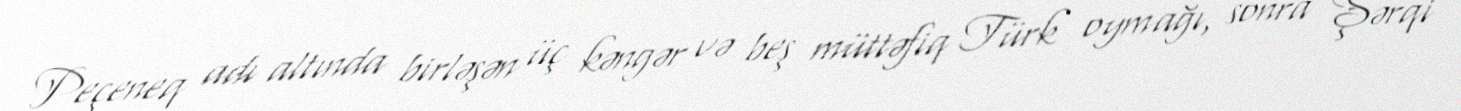
Peçeneq adı altında birləşən üç kəngər və beş müttəfiq Türk oymağı, sonra Şərqi